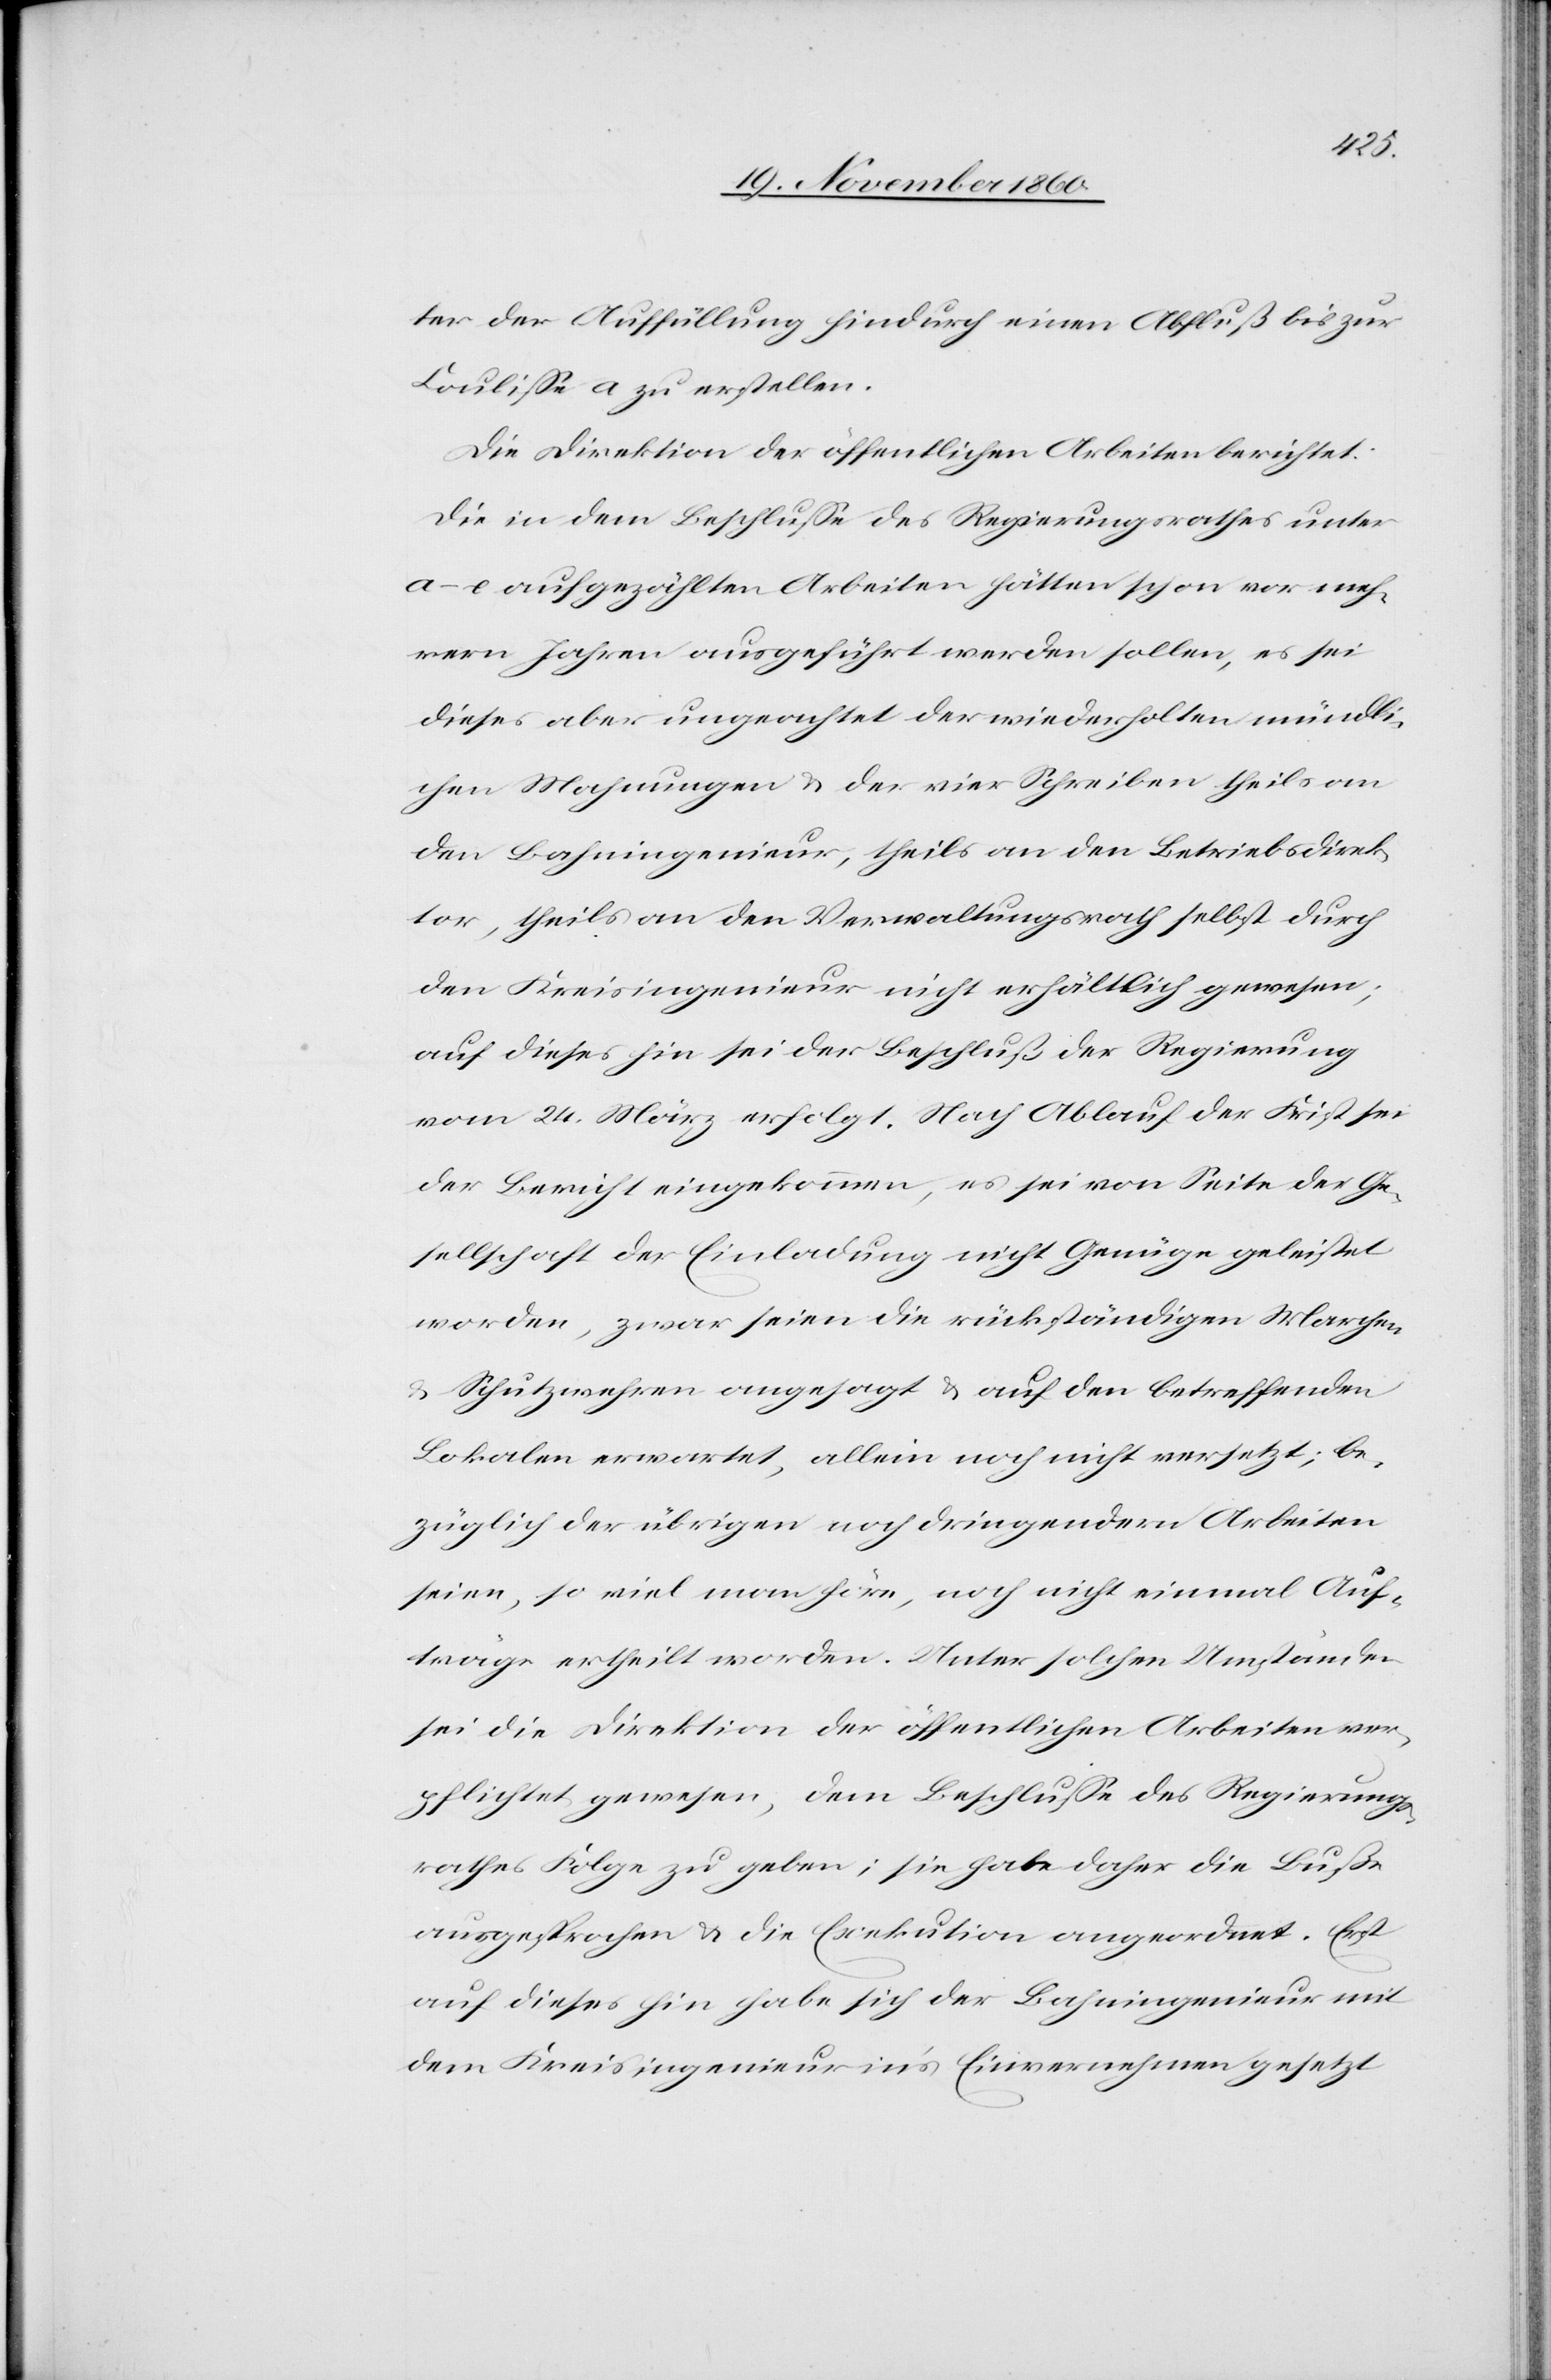
ter der Auffüllung hindurch einen Abfluß bis zur
Coulisse a zu erstellen.
Die Direktion der öffentlichen Arbeiten berichtet:
Die in dem Beschlusse des Regierungsrathes unter
a–e aufgezählten Arbeiten hätten schon vor meh¬
rern Jahren ausgeführt werden sollen, es sei
dieses aber ungeachtet der wiederholten mündli¬
chen Mahnungen u. der vier Schreiben theils an
den Bahningenieur, theils an den Betriebsdirek¬
tor, theils an den Verwaltungsrath selbst durch
den Kreisingenieur nicht erhältlich gewesen;
auf dieses hin sei der Beschluß der Regierung
vom 24. März erfolgt. Nach Ablauf der Frist sei
der Bericht eingekommen, es sei von Seite der Ge¬
sellschaft der Einladung nicht Genüge geleistet
worden, zwar seien die rückständigen Marchen-
u. Schutzwehren angesagt u. auf den betreffenden
Lokalen erwartet, allein noch nicht versetzt, be¬
züglich der übrigen noch dringenden Arbeiten
seien, so viel man höre, noch nicht einmal Auf¬
träge ertheilt worden. Unter solchen Umständen
sei die Direktion der öffentlichen Arbeiten ver¬
pflichtet gewesen, dem Beschlusse des Regierungs¬
rathes Folge zu geben; sie habe daher die Buße
ausgesprochen u. die Exekution angeordnet. Erst
auf dieses hin habe sich der Bachingenieur mit
dem Kreisingenieur in’s Einvernehmen gesetzt